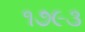
૧૭૯૩